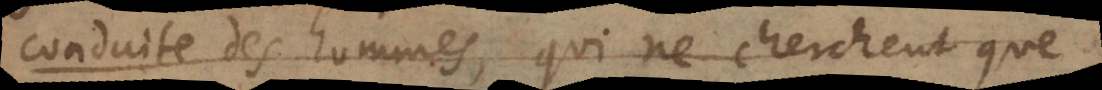
conduite des hommes, qui ne cherchent que